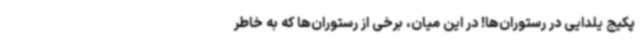
پکیج یلدایی در رستوران‌ها! در این میان، برخی از رستوران‌ها که به خاطر